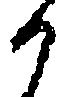
か